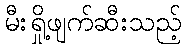
မီးရှို့ဖျက်ဆီးသည့်